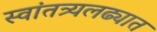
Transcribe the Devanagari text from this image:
स्वांतत्र्यलढ्यात